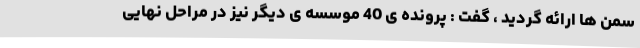
سمن ها ارائه گردید ، گفت : پرونده ی 40 موسسه ی دیگر نیز در مراحل نهایی